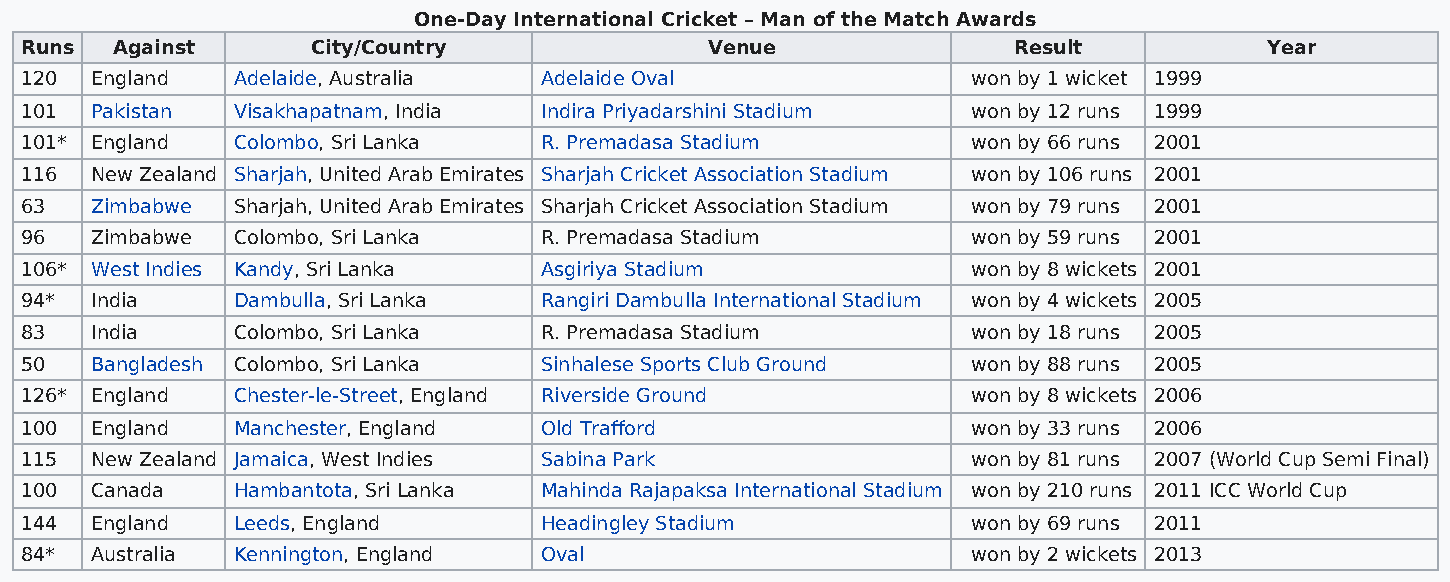
One-Day International Cricket – Man of the Match Awards
 Runs  Against       City/Country              Venue               Result           Year
 120  England  Adelaide, Australia  Adelaide Oval               won by 1 wicket 1999
 101  Pakistan Visakhapatnam, India Indira Priyadarshini Stadium won by 12 runs 1999
 101* England  Colombo, Sri Lanka   R. Premadasa Stadium        won by 66 runs 2001
 116  New Zealand Sharjah, United Arab Emirates Sharjah Cricket Association Stadium won by 106 runs 2001
 63   Zimbabwe Sharjah, United Arab Emirates Sharjah Cricket Association Stadium won by 79 runs 2001
 96   Zimbabwe Colombo, Sri Lanka   R. Premadasa Stadium        won by 59 runs 2001
 106* West Indies Kandy, Sri Lanka  Asgiriya Stadium            won by 8 wickets 2001
 94*  India    Dambulla, Sri Lanka  Rangiri Dambulla International Stadium won by 4 wickets 2005
 83   India    Colombo, Sri Lanka   R. Premadasa Stadium        won by 18 runs 2005
 50   Bangladesh Colombo, Sri Lanka Sinhalese Sports Club Ground won by 88 runs 2005
 126* England  Chester-le-Street, England Riverside Ground      won by 8 wickets 2006
 100  England  Manchester, England  Old Trafford                won by 33 runs 2006
 115  New Zealand Jamaica, West Indies Sabina Park              won by 81 runs 2007 (World Cup Semi Final)
 100  Canada   Hambantota, Sri Lanka Mahinda Rajapaksa International Stadium won by 210 runs 2011 ICC World Cup
 144  England  Leeds, England       Headingley Stadium          won by 69 runs 2011
 84*  Australia Kennington, England Oval                        won by 2 wickets 2013